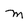
Character: M